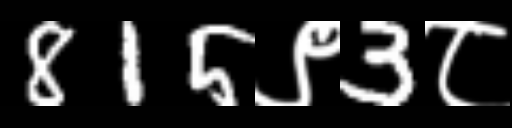
Text: 815९3८